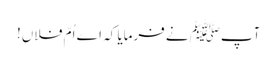
آپﷺ نے فرمایا کہ اے اُمّ فلاں!